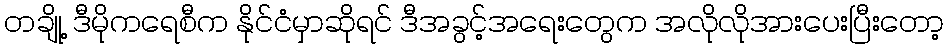
တချို့ ဒီမိုကရေစီက နိုင်ငံမှာဆိုရင် ဒီအခွင့်အရေးတွေက အလိုလိုအားပေးပြီးတော့